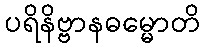
ပရိနိဗ္ဗာနဓမ္မောတိ